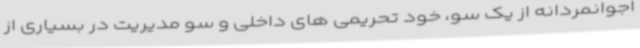
اجوانمردانه از یک سو، خود تحریمی های داخلی و سو مدیریت در بسیاری از